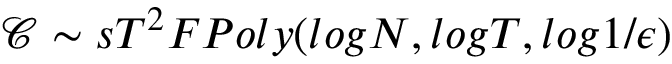
\mathcal { C } \sim s T ^ { 2 } F P o l y ( l o g N , l o g T , l o g 1 / \epsilon )